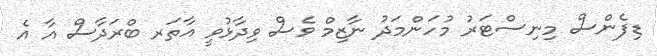
ޑިފެންސް މިނިސްޓަރު މުހަންމަދު ނާޒިމް ވެސް ވިދާޅުވީ އާތަރ ބްރަދާސް އާ އެ